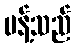
ပန့်သည်